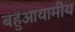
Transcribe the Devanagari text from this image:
बहुआयामीय